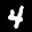
Label: 4